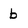
Character: b